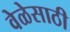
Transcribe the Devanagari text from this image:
वेळेसाठी